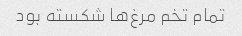
تمام تخم مرغ‌ها شکسته بود